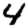
Digit: 4